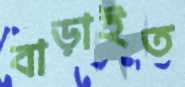
বাড়াইত